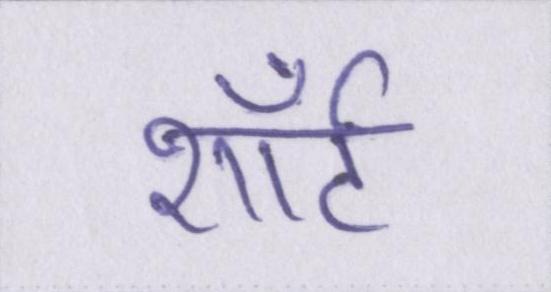
शॉर्ट